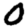
Digit: 0